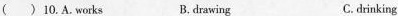
( )10.A.Works B.drawing C. drinking